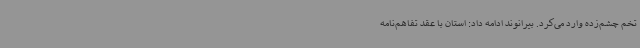
تخم چشم‌زده وارد می‌کرد. بیرانوند ادامه داد: استان با عقد تفاهم‌نامه‌